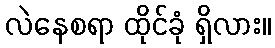
လဲနေစရာ ထိုင်ခုံ ရှိလား။